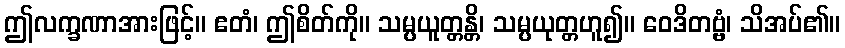
ဤလက္ခဏာအားဖြင့်။ ဧတံ၊ ဤစိတ်ကို။ သမ္ပယူတ္တန္တိ၊ သမ္ပယုတ္တဟူ၍။ ဝေဒိတဗ္ဗံ၊ သိအပ်၏။